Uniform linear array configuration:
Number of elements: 24
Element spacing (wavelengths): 0.25
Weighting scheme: uniform
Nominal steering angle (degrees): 60
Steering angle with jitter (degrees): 61.823
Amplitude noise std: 0.05
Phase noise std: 0.05

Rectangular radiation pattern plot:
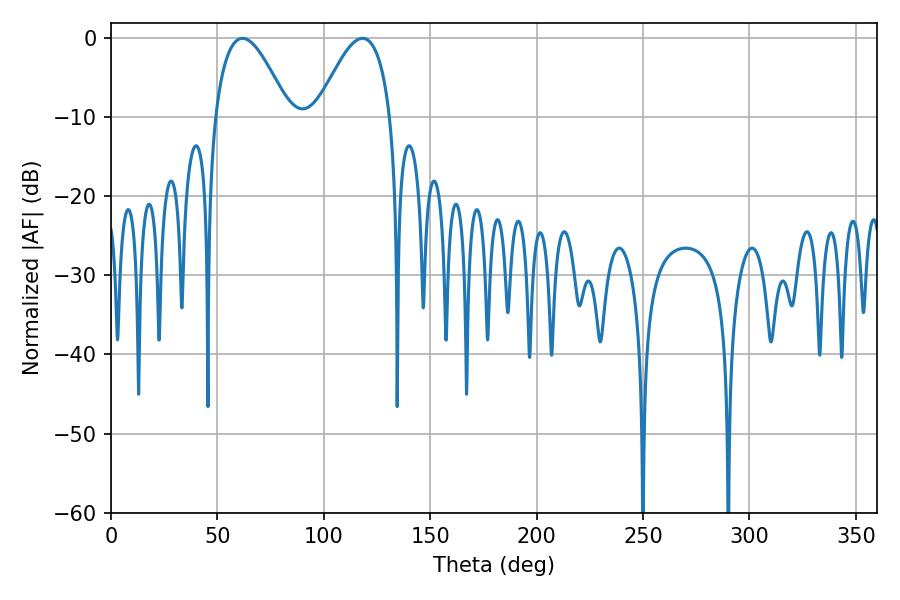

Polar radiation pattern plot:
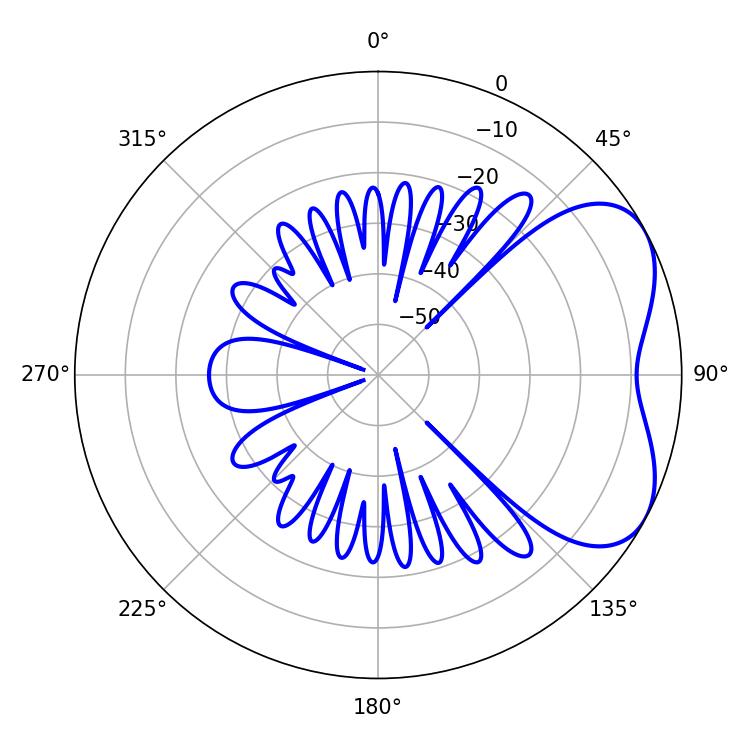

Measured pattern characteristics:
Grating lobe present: FALSE
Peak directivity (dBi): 4.813
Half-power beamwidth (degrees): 18.9
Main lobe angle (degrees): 61.74